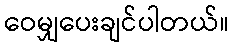
ဝေမျှပေးချင်ပါတယ်။